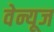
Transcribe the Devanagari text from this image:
वेन्यूज